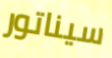
سيناتور